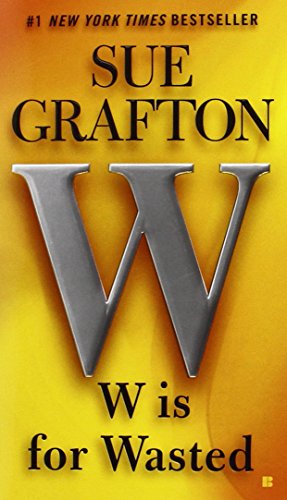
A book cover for W is for Wasted: A Kinsey Millhone Novel; Sue Grafton; Mystery, Thriller & Suspense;